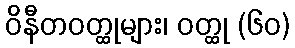
ဝိနီတဝတ္ထုများ၊ ဝတ္ထု (၆၀)